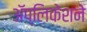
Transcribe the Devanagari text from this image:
अॅप्लिकेशने